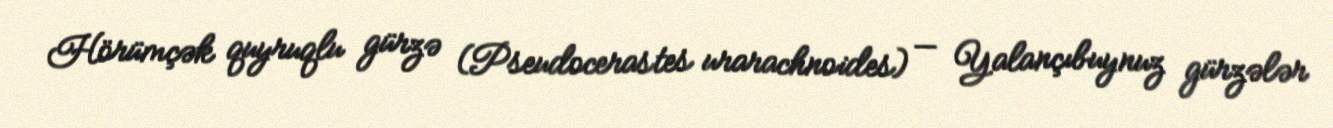
Hörümçək quyruqlu gürzə (Pseudocerastes urarachnoides) — Yalançıbuynuz gürzələr